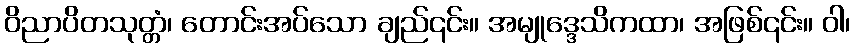
ဝိညာပိတသုတ္တံ၊ တောင်းအပ်သော ချည်၎င်း။ အမျုဒ္ဒေသိကထာ၊ အဖြစ်၎င်း။ ဝါ၊